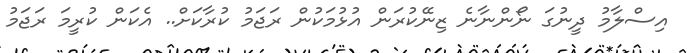
އިސްލާމު ދީނުގަ ނޯންނާނެ ޒިނޭކުރަން އުޅުމަކުން ރަޖަމު ކުރާކަށް.. އެކަން ކުރީމަ ރަޖަމު